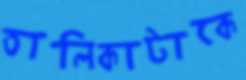
তালিকাটাকে